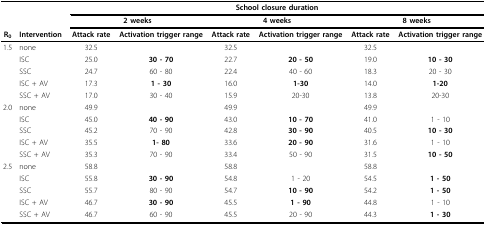
<table><thead><tr><td></td><td></td><td colspan="6"><b>School closure duration</b></td></tr><tr><td></td><td></td><td colspan="2"><b>2 weeks</b></td><td colspan="2"><b>4 weeks</b></td><td colspan="2"><b>8 weeks</b></td></tr><tr><td><b>R<sub>0</sub></b></td><td><b>Intervention</b></td><td><b>Attack rate</b></td><td><b>Activation trigger range</b></td><td><b>Attack rate</b></td><td><b>Activation trigger range</b></td><td><b>Attack rate</b></td><td><b>Activation trigger range</b></td></tr></thead><tbody><tr><td>1.5</td><td>none</td><td>32.5</td><td></td><td>32.5</td><td></td><td>32.5</td><td></td></tr><tr><td></td><td>ISC</td><td>25.0</td><td><b>30 - 70</b></td><td>22.7</td><td><b>20 - 50</b></td><td>19.0</td><td><b>10 - 30</b></td></tr><tr><td></td><td>SSC</td><td>24.7</td><td>60 - 80</td><td>22.4</td><td>40 - 60</td><td>18.3</td><td>20 - 30</td></tr><tr><td></td><td>ISC + AV</td><td>17.3</td><td><b>1 - 30</b></td><td>16.0</td><td><b>1-30</b></td><td>14.0</td><td><b>1-20</b></td></tr><tr><td></td><td>SSC + AV</td><td>17.0</td><td>30 - 40</td><td>15.9</td><td>20-30</td><td>13.8</td><td>20-30</td></tr><tr><td>2.0</td><td>none</td><td>49.9</td><td></td><td>49.9</td><td></td><td>49.9</td><td></td></tr><tr><td></td><td>ISC</td><td>45.0</td><td><b>40 - 90</b></td><td>43.0</td><td><b>10 - 70</b></td><td>41.0</td><td>1 - 10</td></tr><tr><td></td><td>SSC</td><td>45.2</td><td>70 - 90</td><td>42.8</td><td><b>30 - 90</b></td><td>40.5</td><td><b>10 - 30</b></td></tr><tr><td></td><td>ISC + AV</td><td>35.5</td><td><b>1- 80</b></td><td>33.6</td><td><b>20 - 90</b></td><td>31.6</td><td>1 - 10</td></tr><tr><td></td><td>SSC + AV</td><td>35.3</td><td>70 - 90</td><td>33.4</td><td>50 - 90</td><td>31.5</td><td><b>10 - 50</b></td></tr><tr><td>2.5</td><td>none</td><td>58.8</td><td></td><td>58.8</td><td></td><td>58.8</td><td></td></tr><tr><td></td><td>ISC</td><td>55.8</td><td><b>30 - 90</b></td><td>54.8</td><td>1 - 20</td><td>54.5</td><td><b>1 - 50</b></td></tr><tr><td></td><td>SSC</td><td>55.7</td><td>80 - 90</td><td>54.7</td><td><b>10 - 90</b></td><td>54.2</td><td><b>1 - 50</b></td></tr><tr><td></td><td>ISC + AV</td><td>46.7</td><td><b>30 - 90</b></td><td>45.5</td><td><b>1 - 90</b></td><td>44.8</td><td>1 - 10</td></tr><tr><td></td><td>SSC + AV</td><td>46.7</td><td>60 - 90</td><td>45.5</td><td>20 - 90</td><td>44.3</td><td><b>1 - 30</b></td></tr></tbody></table>